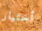
أختيار